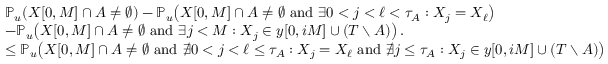
\begin{array} { r l } & { \mathbb { P } _ { u } \! \left( X [ 0 , M ] \cap A \neq \emptyset \right) - \mathbb { P } _ { u } \! \left( X [ 0 , M ] \cap A \neq \emptyset \ \mathrm { a n d } \ \exists 0 < j < \ell < \tau _ { A } : X _ { j } = X _ { \ell } \right) } \\ & { - \mathbb { P } _ { u } \! \left( X [ 0 , M ] \cap A \neq \emptyset \ \mathrm { a n d } \ \exists j < M : X _ { j } \in y [ 0 , i M ] \cup ( T \setminus A ) \right) . } \\ & { \leq \mathbb { P } _ { u } \! \left( X [ 0 , M ] \cap A \neq \emptyset \ \mathrm { a n d } \ \not \exists 0 < j < \ell \leq \tau _ { A } : X _ { j } = X _ { \ell } \ \mathrm { a n d } \ \not \exists j \leq \tau _ { A } : X _ { j } \in y [ 0 , i M ] \cup ( T \setminus A ) \right) } \end{array}